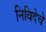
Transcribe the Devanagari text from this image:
निविदेचे